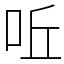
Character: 𠰋